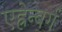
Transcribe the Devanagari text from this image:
एह्रेन्बर्ग